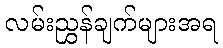
လမ်းညွှန်ချက်များအရ